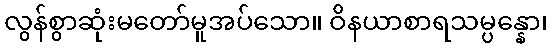
လွန်စွာဆုံးမတော်မူအပ်သော။ ဝိနယာစာရသမ္ပန္နော၊